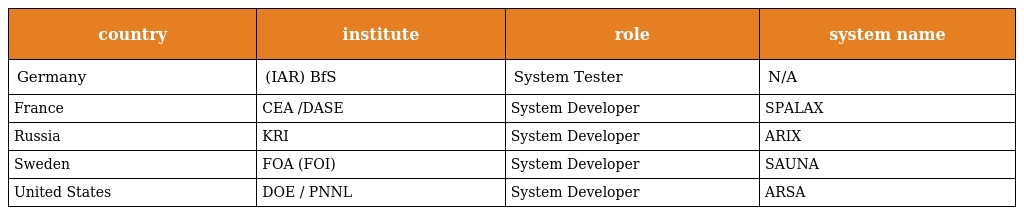
| country | institute | role | system name |
 | --- | --- | --- | --- |
 | Germany | (IAR) BfS | System Tester | N/A |
 | France | CEA /DASE | System Developer | SPALAX |
 | Russia | KRI | System Developer | ARIX |
 | Sweden | FOA (FOI) | System Developer | SAUNA |
 | United States | DOE / PNNL | System Developer | ARSA |